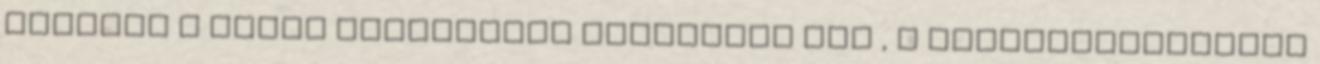
tartott a Civil Összefogás Fórumával CÖF , s kezdeményezéseit